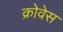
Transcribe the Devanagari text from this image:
क्रोवेस